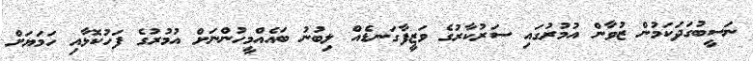
ނަސީބުގަދަކަމުން ޒުވާން އުމުރުގައި ސަރުކާރުގެ ވަޒީފާގަނޑެއް ލިބުނު ބައެއްމީހުންނަށް އުމުރުގެ ފަހުކޮޅާއި ހަމަޔަށް